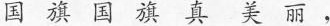
国旗国旗真美丽，